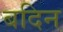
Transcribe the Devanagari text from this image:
बदिन